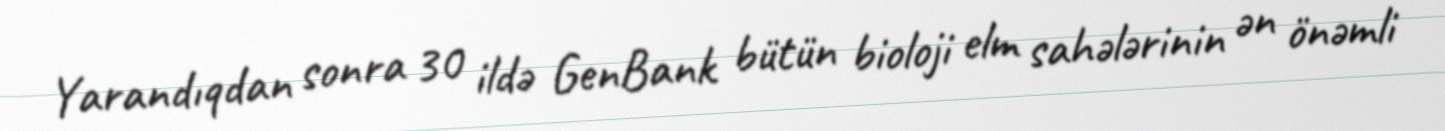
Yarandıqdan sonra 30 ildə GenBank bütün bioloji elm sahələrinin ən önəmli